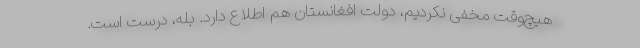
هیچ‌وقت مخفی نکردیم، دولت افغانستان هم اطلاع دارد. بله، درست است.